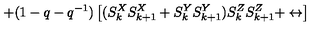
+ ( 1 - q - q ^ { - 1 } ) \left[ ( S _ { k } ^ { X } S _ { k + 1 } ^ { X } + S _ { k } ^ { Y } S _ { k + 1 } ^ { Y } ) S _ { k } ^ { Z } S _ { k + 1 } ^ { Z } + \leftrightarrow \right]